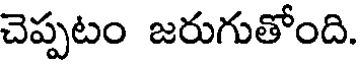
చెప్పటం జరుగుతోంది.